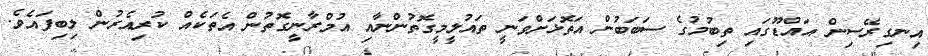
އިނގިރޭސިން އައްޑޫގައި ތިބުމުގެ ސަބަބުން އަތޮޅަށްވަނީ ތައުލީމީގޮތުންނާއި އުމްރާނީގޮތުން އެތަކެއް ކުރިއެރުން ލިބިފައެވެ.